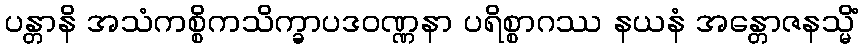
ပန္တာနိ အသံကစ္စိကသိက္ခာပဒဝဏ္ဏနာ ပရိစ္စာဂဿ နယနံ အန္တောဇနသ္မိံ